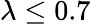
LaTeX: \lambda\le 0.7